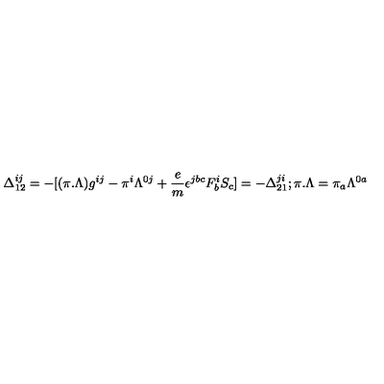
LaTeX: \Delta _ { 1 2 } ^ { i j } = - [ ( \pi . \Lambda ) g ^ { i j } - \pi ^ { i } \Lambda ^ { 0 j } + { \frac { e } { m } } \epsilon ^ { j b c } F _ { b } ^ { i } S _ { c } ] = - \Delta _ { 2 1 } ^ { j i } ; \pi . \Lambda = \pi _ { a } \Lambda ^ { 0 a }